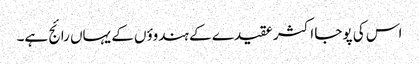
اس کی پوجا اکثر عقیدے کے ہندوؤں کے یہاں رائج ہے۔